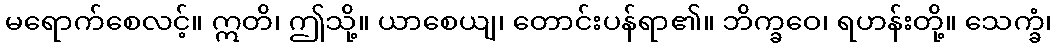
မရောက်စေလင့်။ ဣတိ၊ ဤသို့။ ယာစေယျ၊ တောင်းပန်ရာ၏။ ဘိက္ခဝေ၊ ရဟန်းတို့။ သေက္ခံ၊